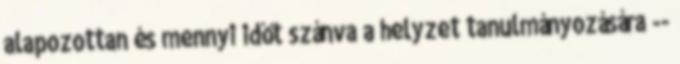
alapozottan és mennyi időt szánva a helyzet tanulmányozására --